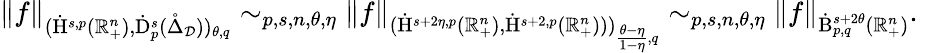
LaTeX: \begin{array}{r}{\lVert f\rVert_{(\dot{\mathrm{H}}^{s,p}(\mathbb{R}_{+}^{n}),\dot{\mathrm{D}}_{p}^{s}(\mathring{\Delta}_{\mathcal{D}}))_{\theta,q}}\sim_{p,s,n,\theta,\eta}\lVert f\rVert_{(\dot{\mathrm{H}}^{s+2\eta,p}(\mathbb{R}_{+}^{n}),\dot{\mathrm{H}}^{s+2,p}(\mathbb{R}_{+}^{n})))_{\frac{\theta-\eta}{1-\eta},q}}\sim_{p,s,n,\theta,\eta}\lVert f\rVert_{\dot{\mathrm{B}}_{p,q}^{s+2\theta}(\mathbb{R}_{+}^{n})}\mathrm{.~}}\end{array}